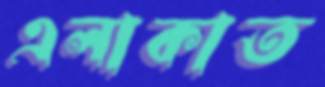
এলাকাত